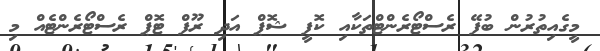
މީގެއިތުރުން ބުފޭ ރެސްޓޯރެންޓްތަކާއި ކޮފީ ޝޮޕް އަދި ރޫފް ޓޮޕް ރެސްޓޯރެންޓެއް މި